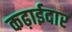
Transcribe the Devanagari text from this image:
कढ़ाईदार